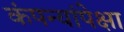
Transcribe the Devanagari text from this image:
कंपन्यांपेक्षा